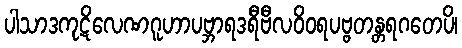
ပါသာဒကုဋိလေဏဂူဟာပဗ္ဘာရဒရီဗီလဝိဝရပဗ္ဗတန္တရဂတေပိ၊